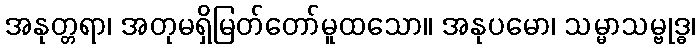
အနုတ္တရာ၊ အတုမရှိမြတ်တော်မူထသော။ အနုပမော၊ သမ္မာသမ္ဗုဒ္ဓ၊